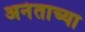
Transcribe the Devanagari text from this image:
अनंताच्या